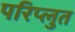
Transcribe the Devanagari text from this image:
परिप्लुत